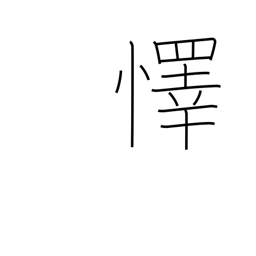
Meaning: rejoice